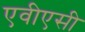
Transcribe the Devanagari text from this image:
एवीएसी